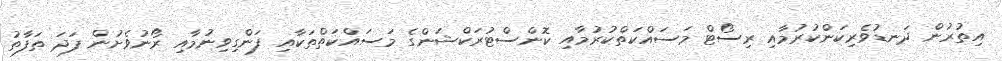
އިތުރުން ދަނޑުވެރިކަންކުރުމާއި ރިސޯޓް މަސައްކަތްކުރުމާއި ކޮންސްޓުރަކްޝަންގެ މަސައްކަތްތަކާއި ފަންގިވިނުމާއި ރޯނުވެށުން ފަދަ ތަފާތު